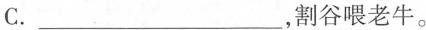
C.___，割谷喂老牛。